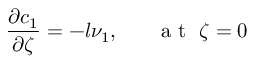
\frac { \partial c _ { 1 } } { \partial \zeta } = - l \nu _ { 1 } , ~ ~ ~ ~ ~ \mathrm { ~ a ~ t ~ } ~ \zeta = 0